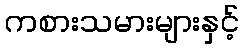
ကစားသမားများနှင့်